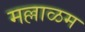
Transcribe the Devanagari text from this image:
मल्लाळम